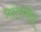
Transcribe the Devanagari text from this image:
प्रांतभेद